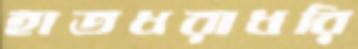
হাতধরাধরি